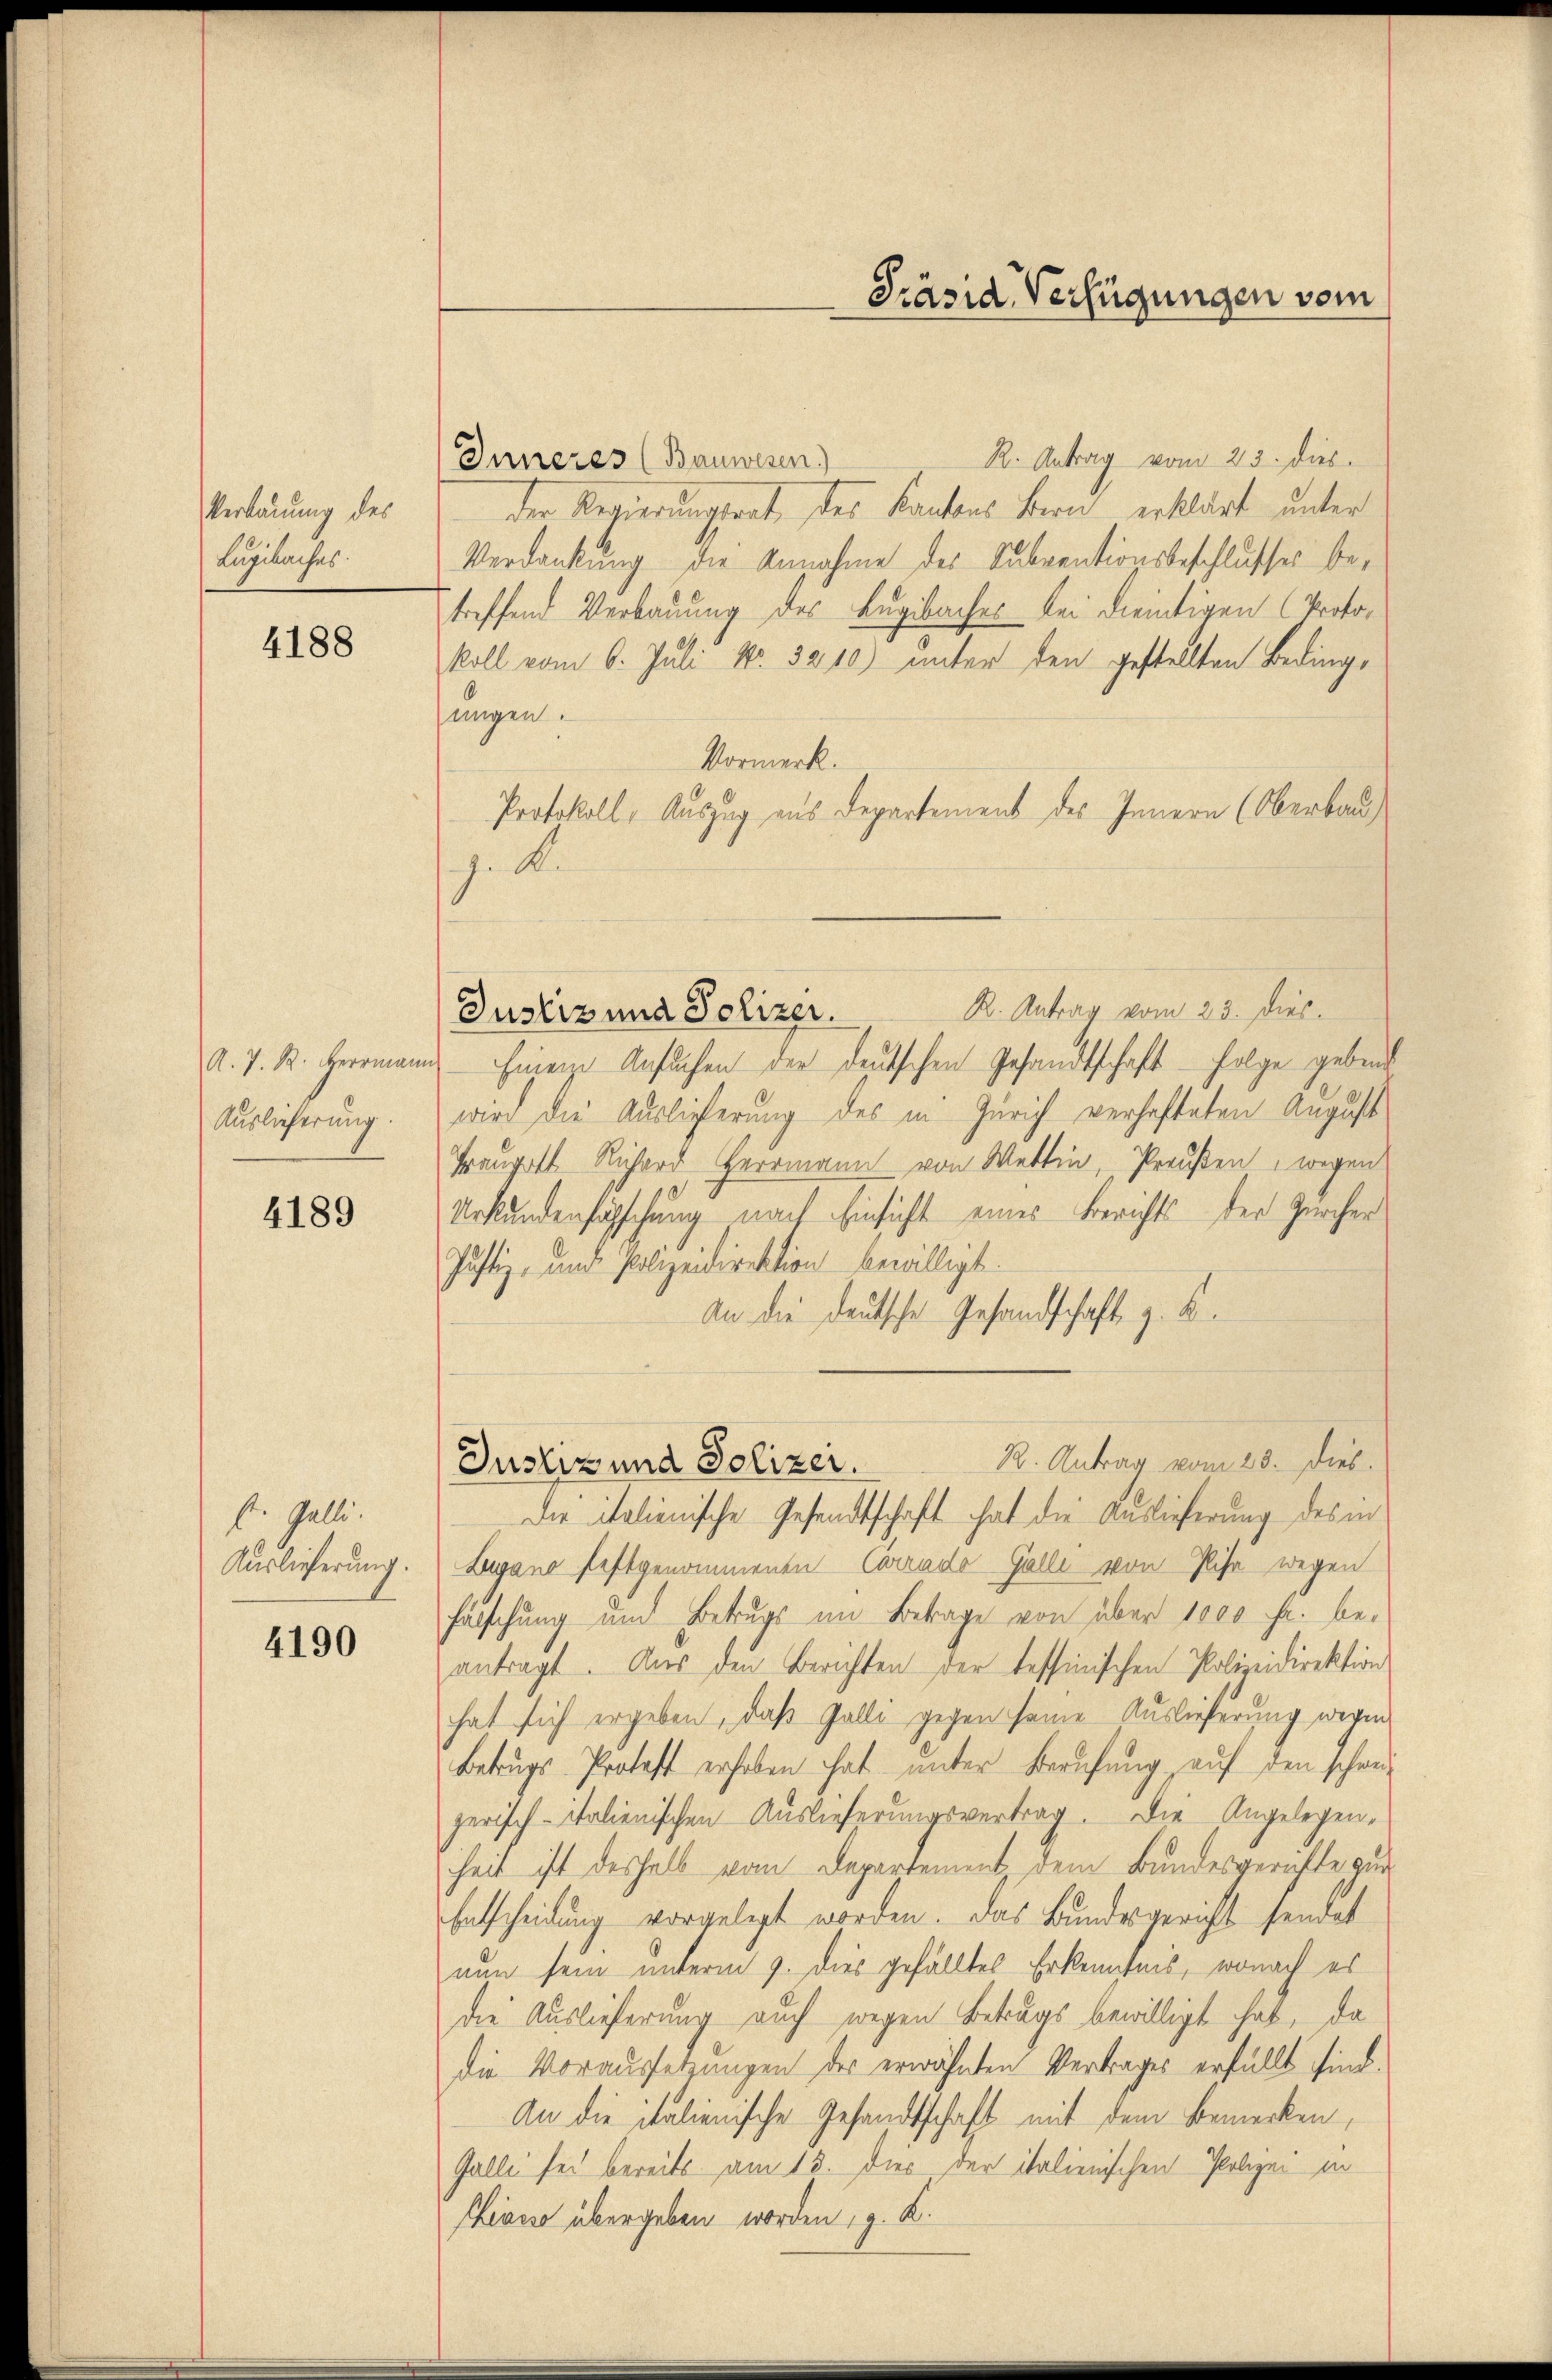
Verbauung des
Lugibaches

4188

Auslieferung:

4189

st. Galli.
Auslieferung.

4190

R. Antrag vom 23. dies
Inneres (Bauwesen)
der Regierungsrath des Kantons Bern erklärt unter
Verdankung die Annahme des Subventionsbeschlusses betreffend Verbauung des Begibaches bei dientigen (Protokoll vom 6. Juli Nr. 3210) unter den gestellten Bedinge
ungen.
Vormerk.
Protokoll, Auszug aus Departement des Innern (Oberbau
z. B.
R. Antrag vom 23. dies
Justiz und Polizei.
A. J. M. Herrmann hineine Ansuchen der deutschen Gesandtschaft folge geben
wird die Auslieferung des in Zürich verhafteten August
Praugott Richard Herrmann von Wettin, Preußen, wegen
Urkundenfahschung nach Einsicht eines Berichts der Zürcher
Justiz- und Polizeidirektion bewilligt.
An die deutsche Gesandschaft z. B.

Präsid. Verfügungen vom

R. Antrag vom 23. dies.
Justiz und Polizer.
Die italienische Gesandtschaft hat die Auslieferung des in

Lugano festgenommenen Carrado Galle von Pisa wegen
Fälschung und Betrugs im Betrage von über 1000 fr. be-
antragt. Aus den Berichten der tessinischen Polizeidirektion
hat sich ergeben, daß Galli gegen seine Auslieferung wegen
Betrugs-Protest erhoben hat unter Berufung auf den schwe-
zerisch-Italienischen Auslieferungsvertrag. Die Angelegenheit ist deshalb vom Departement dem Bundesgerichte zur
Entscheidung vorgelegt worden. Das Bundesgericht sendet
nun sein unterm 9. dies gefälltes Erkenntnis, wonach es
die Auslieferung auch wegen Betrags bewilligt hat, da
die Voraussetzungen der erwähnten Vertrages erfüllt sind.
An die italienische Gesandtschaft mit dem Bemerken,
Galle sei bereits am 18. Dies der italienischen Polizei in
Chiasso übergeben worden, z. K.